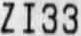
ZI33